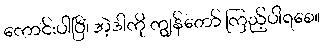
ကောင်းပါပြီ၊ အဲ့ဒါကို ကျွန်တော် ကြည့်ပါရစေ။